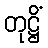
တုဋ္ဌိံ